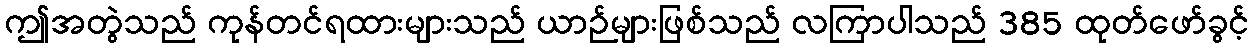
ဤအတွဲသည် ကုန်တင်ရထားများသည် ယာဉ်များဖြစ်သည် လကြာပါသည် 385 ထုတ်ဖော်ခွင့်